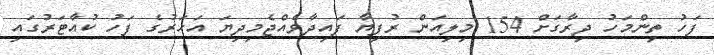
ފަހު ތިންމަހު ދިރާގަށް 154 މިލިއަން ރުފިޔާ ފައިދާވެއްޖެމިދިޔަ އަހަރުގެ ފަހު ކުއާޓަރުގައި